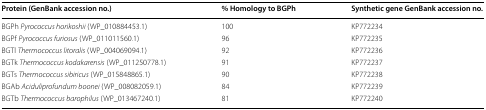
<table><thead><tr><td><b>Protein (GenBank accession no.)</b></td><td><b>% Homology to BGPh</b></td><td><b>Synthetic gene GenBank accession no.</b></td></tr></thead><tbody><tr><td>BGPh <i>Pyrococcus horikoshii</i> (WP_010884453.1)</td><td>100</td><td>KP772234</td></tr><tr><td>BGPf <i>Pyrococcus furiosus</i> (WP_011011560.1)</td><td>96</td><td>KP772235</td></tr><tr><td>BGTl <i>Thermococcus litoralis</i> (WP_004069094.1)</td><td>92</td><td>KP772236</td></tr><tr><td>BGTk <i>Thermococcus kodakarensis</i> (WP_011250778.1)</td><td>91</td><td>KP772237</td></tr><tr><td>BGTs <i>Thermococcus sibiricus</i> (WP_015848865.1)</td><td>90</td><td>KP772238</td></tr><tr><td>BGAb <i>Aciduliprofundum boonei</i> (WP_008082059.1)</td><td>84</td><td>KP772239</td></tr><tr><td>BGTb <i>Thermococcus barophilus</i> (WP_013467240.1)</td><td>81</td><td>KP772240</td></tr></tbody></table>